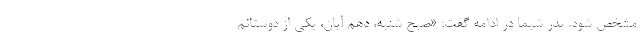
مشخص شود. پدر شیما در ادامه گفت: «صبح شنبه، دهم آبان، یکی از دوستانم